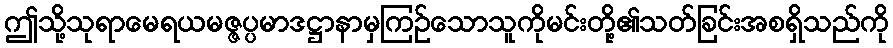
ဤသို့သုရာမေရယမဇ္ဇပ္ပမာဒဋ္ဌာနာမှကြဉ်သောသူကိုမင်းတို့၏သတ်ခြင်းအစရှိသည်ကို